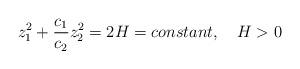
LaTeX: \begin{align*}z_{1}^{2} + \displaystyle\frac{c_{1}}{c_{2}} z_{2}^{2}= 2 H =constant, ~~~ H > 0 \end{align*}